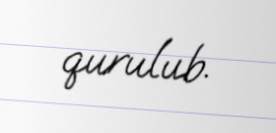
qurulub.